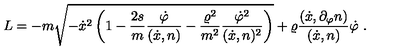
L = - m \sqrt { - \dot { x } ^ { 2 } \left( 1 - \frac { 2 s } { m } \frac { \dot { \varphi } } { ( \dot { x } , n ) } - \frac { \varrho ^ { 2 } } { m ^ { 2 } } \frac { \dot { \varphi } ^ { 2 } } { ( \dot { x } , n ) ^ { 2 } } \right) } + \varrho \frac { ( \dot { x } , \partial _ { \varphi } n ) } { ( \dot { x } , n ) } \dot { \varphi } \ .